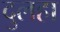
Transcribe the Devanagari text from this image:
दुलहा